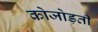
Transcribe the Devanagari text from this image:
कोजोड़ती